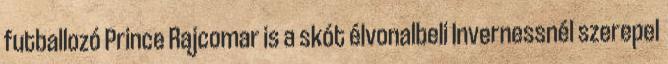
futballozó Prince Rajcomar is a skót élvonalbeli Invernessnél szerepel